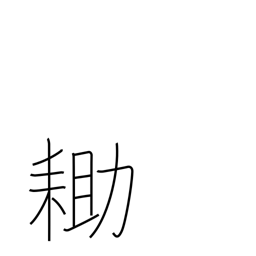
Meaning: spade